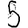
Digit: 5